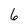
Character: 6